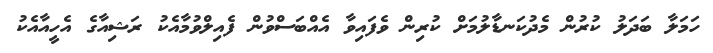
ހަމަލާ ބަދަލު ކުރުން މެދުކަނޑާލުމަށް ކުރިން ވެފައިވާ އެއްބަސްވުން ފެއިލްވުމާއެކު ރަޝިއާގެ އެހީއާއެކު